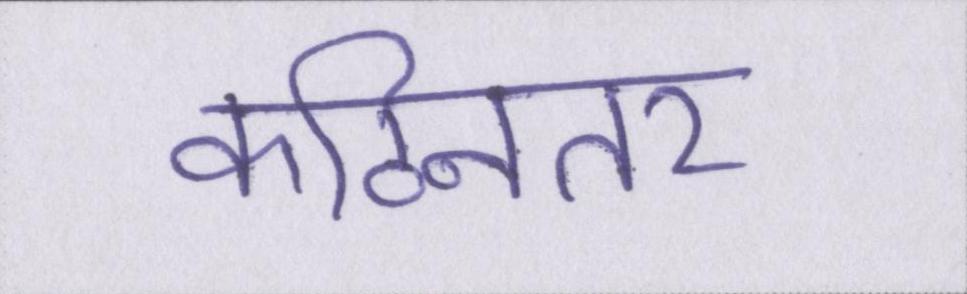
कठिनतर